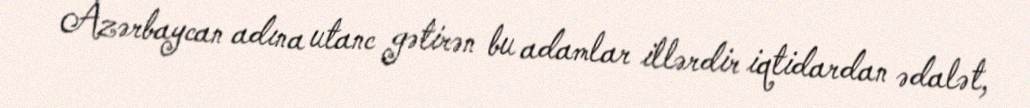
Azərbaycan adına utanc gətirən bu adamlar illərdir iqtidardan ədalət,